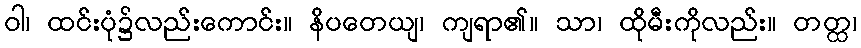
ဝါ၊ ထင်းပုံ၌လည်းကောင်း။ နိပတေယျ၊ ကျရာ၏။ သာ၊ ထိုမီးကိုလည်း။ တတ္ထ၊